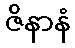
ဇိနာနံ